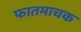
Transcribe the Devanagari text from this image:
फातमाचक